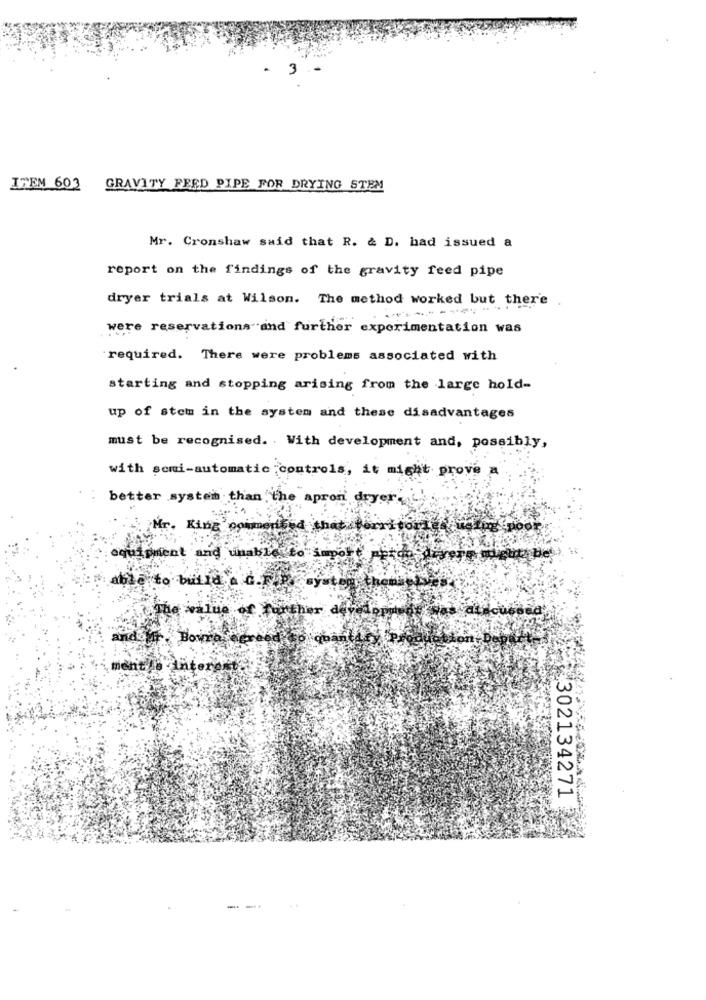
ITEM 603
GRAVITY FEED PIPE FOR DRYING STEM
Mr. Cronshaw said that R. & D. had issued a
report on the findings of the gravity feed pipe
dryer trials at Wilson. The method worked but there
----------
were reservations and further experimentation was
required. There were problems associated with
starting and stopping arising from the large hold-
up of stem in the system and these disadvantages
must be recognised. . With development and, possibly,
with semi-automatic controls, it might prove a
better system than the aprori dryer
Mr. King
that
#302134271
---